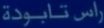
راس تابوطة